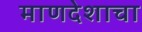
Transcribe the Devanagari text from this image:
माणदेशाचा